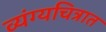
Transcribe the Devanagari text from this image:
व्यंग्यचित्रात